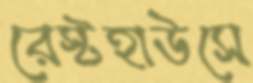
রেস্টহাউসে